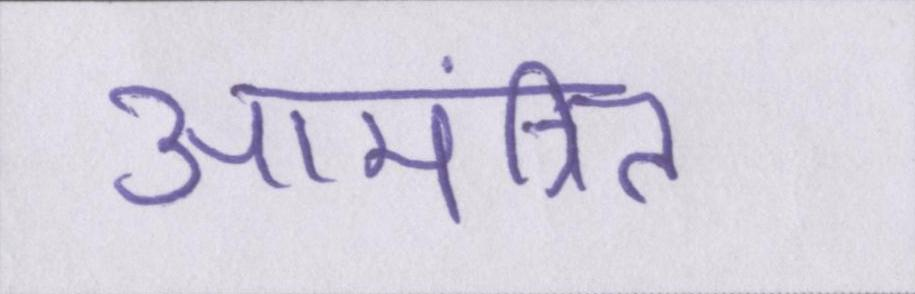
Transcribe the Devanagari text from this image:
आमंत्रित